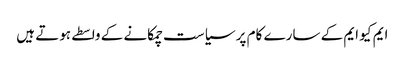
ایم کیو ایم کے سارے کام پر سیاست چمکانے کے واسطے ہوتے ہیں